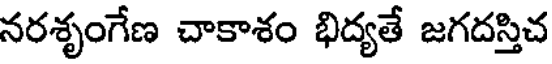
నరశృంగేణ చాకాశం భిద్యతే జగదస్తిచ